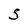
Character: S